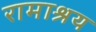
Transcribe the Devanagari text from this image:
रामाश्रय